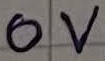
Text: 0V